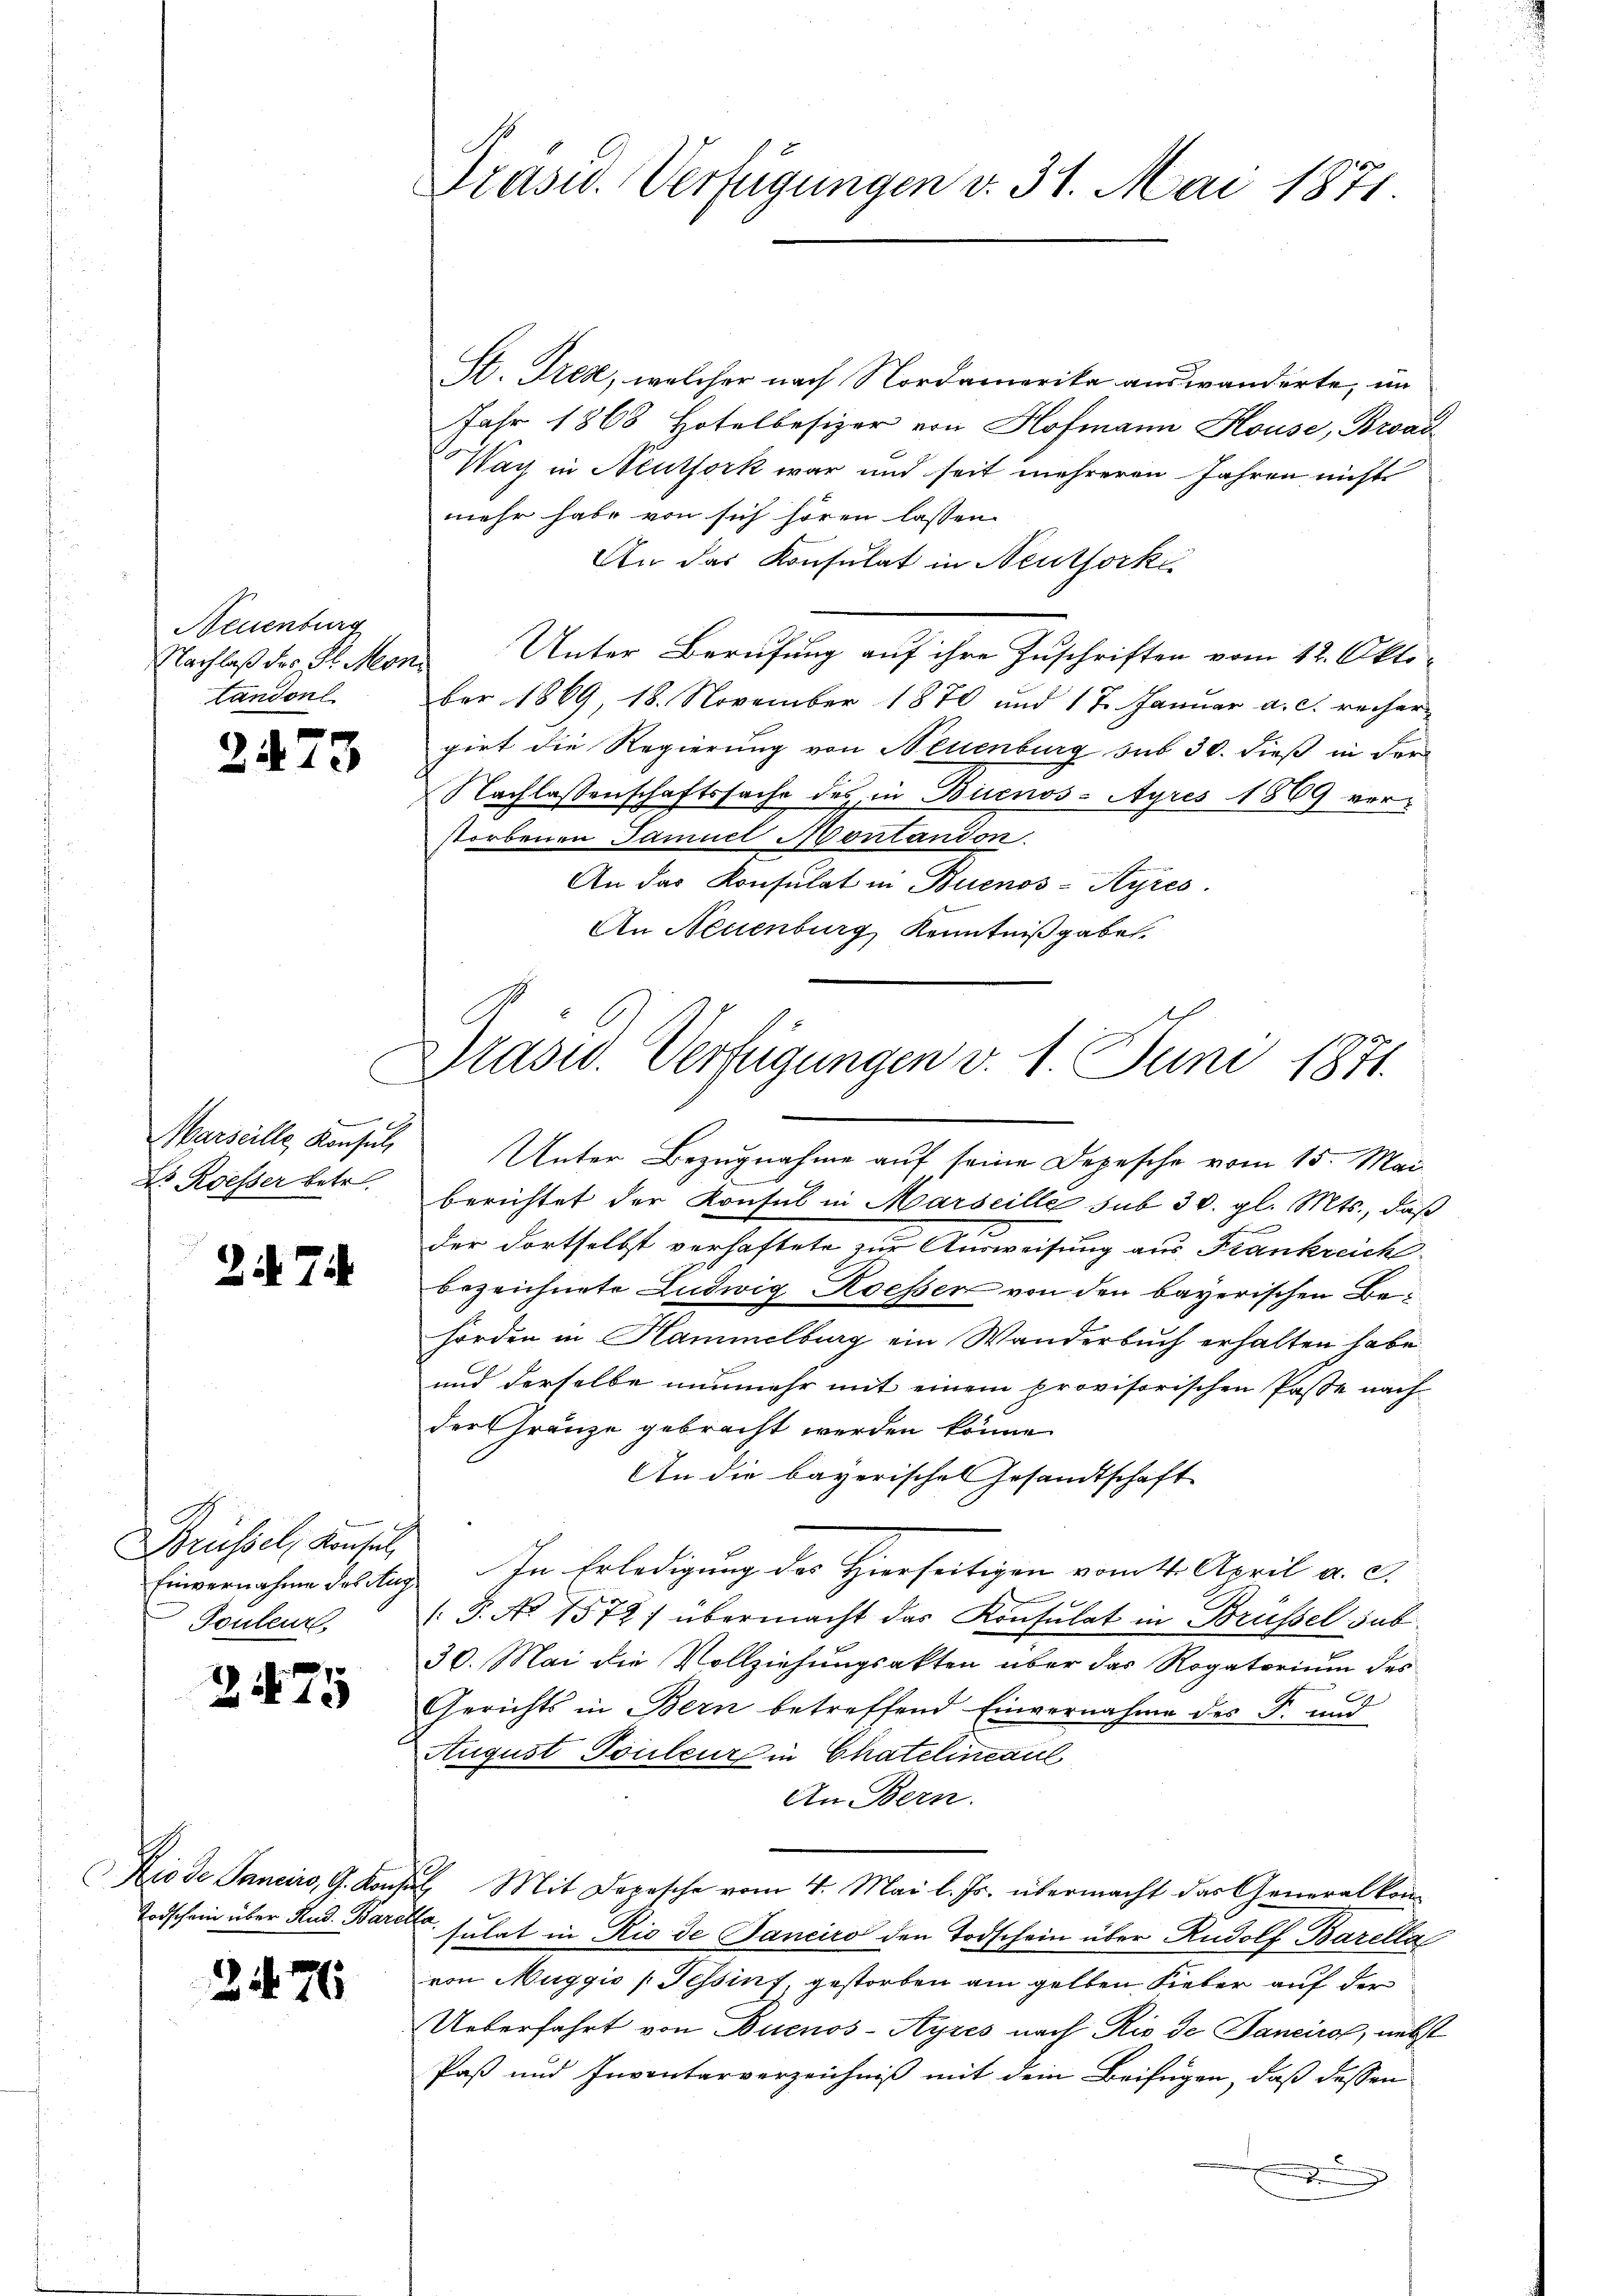
Neuenburg

2473

Marseille, Konsuls
Dr. Roesser betr.

7

Brüssel, Konsul,
Touleur

2475

2476

Präsid. Verfügungen v. 31. Mai 1871.

St. Pres, welcher nach Nordamerika auswanderte, im
Jahr 1868 Hotelbesizer von Hofmann House, Brad
Nach in Neutfork war und seit mehreren Jahren nichts
mehr habe von sich hören lassen.
An das Konsulat in Neutforke
Nachlaß des St. Mons Unter Berufung auf ihre Zuschriften vom 12. Okto-
tandon ber 1869, 18. November 1870 und 17. Januar a. c. recher
girt die Regierung von Neuenburg sub 30. dieß in der
Nachlassenschaftssache des in Buenos-Ayres 1869 ver-
storbenen Samuel Montandon.
An das Konsulat in Buenos-Ayres.
An Neuenburg Kenntnißgaben.

Präsid. Verfügungen v. 1. Juni 1871.

Unter Bezugnahme auf seine Depesche vom 15. Mai
berichtet der Konsul in Marseille sub 30. gl. Mts., daß
der dortselbst verhaftete zur Ausweisung aus Frankreich
bezeichnete Ludwig Koesser von den bayerischen Behörden in Hammelburg ein Wanderbuch erhalten habe.
und derselbe nunmehr mit einem provisorischen Pässe nach
der Gränze gebracht werden könne
An die bayerisches Gesandtschaft
Einvernahme des Aug. In Erledigung des Hierseitigen vom 11. April a. c.
/8. No. 1572) übermacht das Konsulat in Brüssel sub.
30. Mai die Vollziehungsakten über das Rogatorium des
Gerichts in Bern betreffend Einvernahme des Fr. und
August Touleur in Chatelineaul
An Bern.
Kiode Sanciro, G. Konsul, Mit Depesche vom 4. Mai l. Js. übermacht das Generalkom-
Todschein über And. Barell, sulat in Rio de Sanciro den Todschein über Rudolf Barella
von Muggis Tessin, gestorben am gelben Fieber auf der
Ueberfahrt von Buenos-Ayres nach Rio de Jancirof, nebst
Paß und Inventarverzeichniß mit dem Beifügen, daß dessen
.